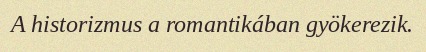
A historizmus a romantikában gyökerezik.